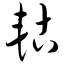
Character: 轱